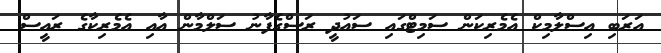
އަރަބި އިސްލާމިކް އެމެރިކަން ސަމިޓްގައި ސައުދީ ރަސްގެފާނު ސަލްމާން އާއި އެމެރިކާގެ ރައީސް